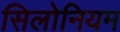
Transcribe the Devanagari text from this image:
सिलोनियम